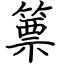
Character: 篻